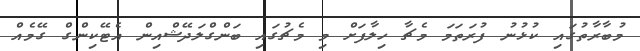
މުބާރާތުގައި ކުޅުނު ފުރަތަމަ މެޗާ ހިލާފަށް މި މެޗުގައި ބަންގްލަދޭޝްއިން އެޓޭކިންގް ގޭމެއް